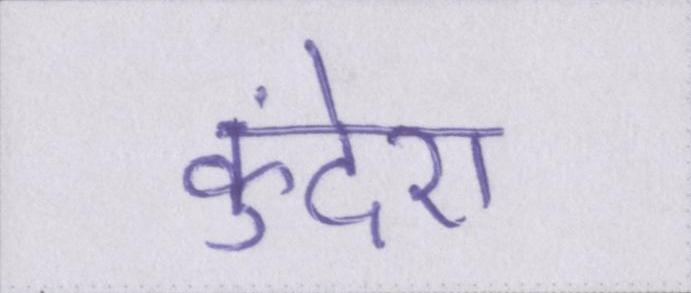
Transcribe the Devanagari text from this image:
कुंदेरा